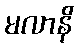
မလာနိ